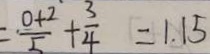
= \frac { 0 + 2 } { 5 } + \frac { 3 } { 4 } = 1 . 1 5